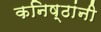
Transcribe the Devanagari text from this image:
कनिष्ठांनी